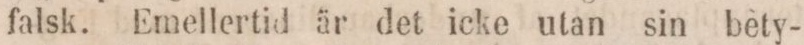
falsk. Emellertid är det icke utan sin bety-